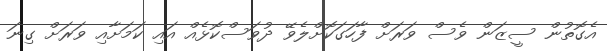
އެގޮތުން ސީޒަން ވެސް ވަރަށް ފާހަގަކޮށްލެވޭ ދުވަސްކޮޅެއް އައި ކަމަށާއި ވަރަށް ގިނަ